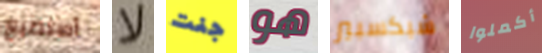
أستطيع لا جنت هو شيكسبير أكملوا